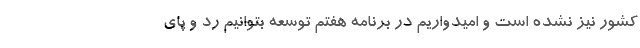
کشور نیز نشده است و امیدواریم در برنامه هفتم توسعه بتوانیم رد و پای